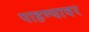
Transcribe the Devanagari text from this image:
पाहण्यावर